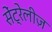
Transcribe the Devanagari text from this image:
सेंट्रेलीज़